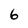
Character: 6